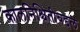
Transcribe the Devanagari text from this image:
कालनिश्चितीबद्दल